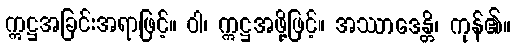
ဣဋ္ဌအခြင်းအရာဖြင့်။ ဝါ၊ ဣဋ္ဌအဖို့ဖြင့်။ အဿာဒေန္တိ၊ ကုန်၏။